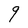
Character: q